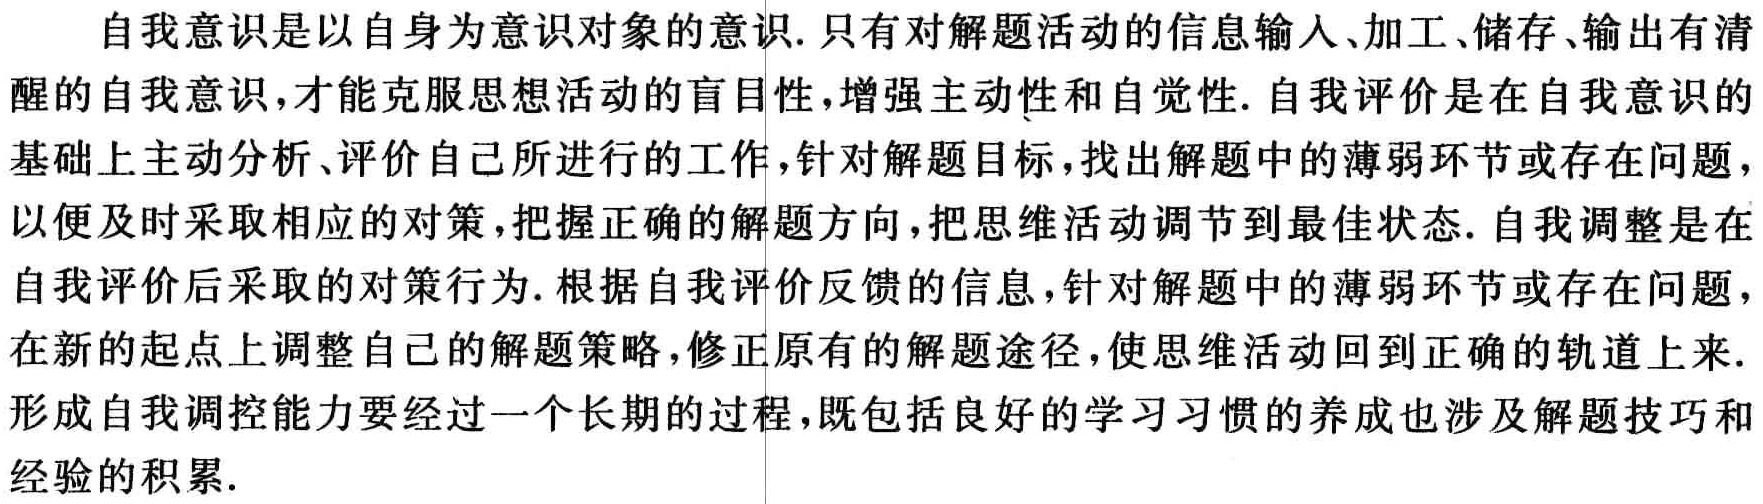
自我意识是以自身为意识对象的意识. 只有对解题活动的信息输人、加工、储存、输出有清醒的自我意识，才能克服思想活动的盲目性，增强主动性和自觉性. 自我评价是在自我意识的基础上主动分析、评价自己所进行的工作，针对解题目标，找出解题中的薄弱环节或存在问题，以便及时采取相应的对策，把握正确的解题方向，把思维活动调节到最佳状态. 自我调整是在自我评价后采取的对策行为. 根据自我评价反馈的信息，针对解题中的薄弱环节或存在问题，在新的起点上调整自己的解题策略，修正原有的解题途径，使思维活动回到正确的轨道上来. 形成自我调控能力要经过一个长期的过程，既包括良好的学习习惯的养成也涉及解题技巧和经验的积累.